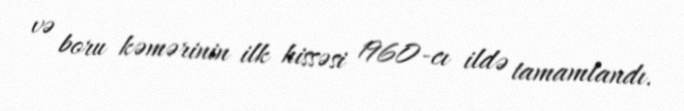
və boru kəmərinin ilk hissəsi 1960-cı ildə tamamlandı.